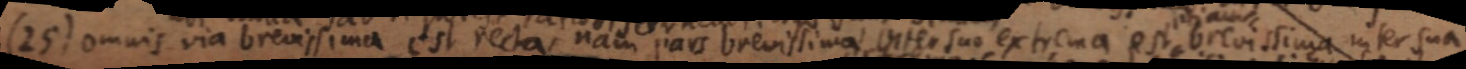
(25) omnis via brevissima est recta, nam pars brevissima inter suo extrema est brevissima inter sua